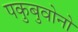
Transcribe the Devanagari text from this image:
पकुबुवोनो